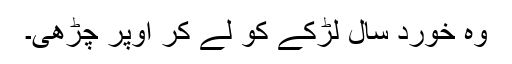
وہ خورد سال لڑکے کو لے کر اُوپر چڑھی۔